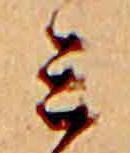
ミ